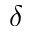
\delta